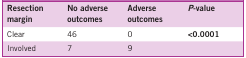
<table><thead><tr><td><b>Resection margin</b></td><td><b>No adverse outcomes</b></td><td><b>Adverse outcomes</b></td><td><b><i>P</i>-value</b></td></tr></thead><tbody><tr><td>Clear</td><td>46</td><td>0</td><td><b>&lt;0.0001</b></td></tr><tr><td>Involved</td><td>7</td><td>9</td><td></td></tr></tbody></table>